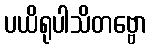
ပယိရုပါသိတဗ္ဗော